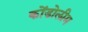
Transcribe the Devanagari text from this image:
कोंडोलीम